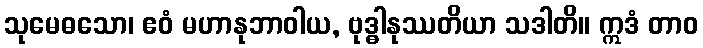
သုမေဓသော၊ ဧဝံ မဟာနုဘာဝါယ, ဗုဒ္ဓါနုဿတိယာ သဒါတိ။ ဣဒံ တာဝ